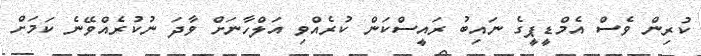
ކުރިން ވެސް އެމްޑީޕީގެ ނައިބު ރައީސްކަން ކުރެއްވި އަލްހާނަށް ވާދަ ނުކުރެއްވޭނެ ކަމަށް